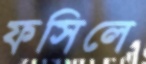
ফসিলে